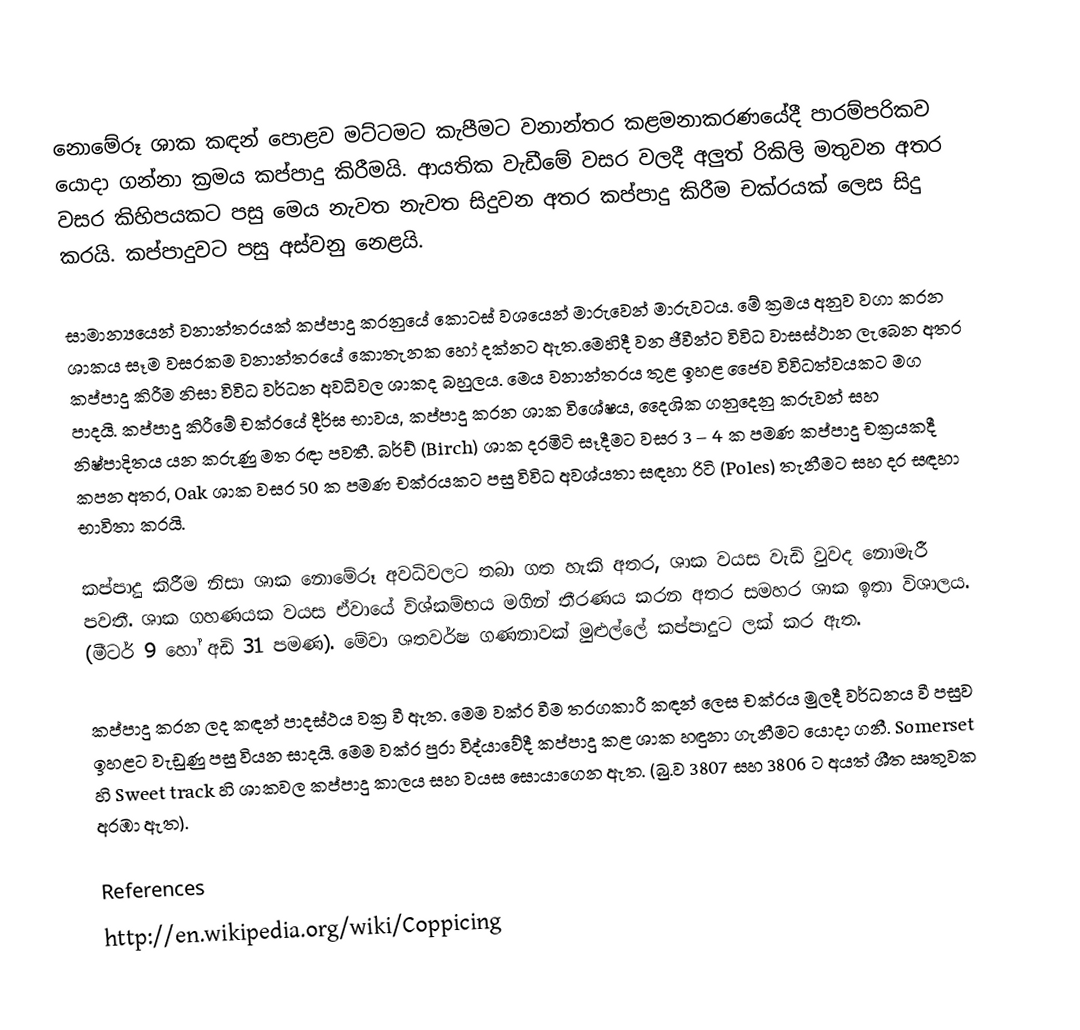
නොමේරූ ශාක කඳන් පොළව මට්ටමට කැපීමට වනාන්තර කළමනාකරණයේදී පාරම්පරිකව යොදා ගන්නා ක්‍රමය කප්පාදු කිරීමයි. ආයතික වැඩීමේ වසර වලදී අලුත් රිකිලි මතුවන අතර වසර කිහිපයකට පසු මෙය නැවත නැවත සිදුවන අතර කප්පාදු කිරීම චක්රයක් ලෙස සිදු කරයි. කප්පාදුවට පසු අස්වනු නෙළයි.

සාමාන්‍යයෙන් වනාන්තරයක් කප්පාදු කරනුයේ කොටස් වශයෙන් මාරුවෙන් මාරුවටය. මේ ක්‍රමය අනුව වගා කරන ශාකය සෑම වසරකම වනාන්තරයේ කොතැනක හෝ දක්නට ඇත.මෙහිදී වන ජීවීන්ට විවිධ වාසස්ථාන ලැබෙන අතර කප්පාදු කිරීම නිසා විවිධ වර්ධන අවධිවල ශාකද බහුලය. මෙය වනාන්තරය තුළ ඉහළ ජෛව විවිධත්වයකට මග පාදයි. කප්පාදු කිරීමේ චක්රයේ දීර්ඝ භාවය, කප්පාදු කරන ශාක විශේෂය, දෛශික ගනුදෙනු කරුවන් සහ නිෂ්පාදිතය යන කරුණු මත රඳා පවතී. බර්ච් (Birch) ශාක දරමිටි සෑදීමට වසර 3 – 4 ක පමණ කප්පාදු චක්‍රයකදී කපන අතර, Oak ශාක වසර 50 ක පමණ චක්රයකට පසු විවිධ අවශ්යතා සඳහා රිටි (Poles) තැනීමට සහ දර සඳහා භාවිතා කරයි.

කප්පාදු කිරීම නිසා ශාක නොමේරූ අවධිවලට තබා ගත හැකි අතර, ශාක වයස වැඩි වුවද නොමැරී පවතී. ශාක ගහණයක වයස ඒවායේ විශ්කම්භය මගින් තීරණය කරන අතර සමහර ශාක ඉතා විශාලය. (මීටර් 9 හෝ අඩි 31 පමණ). මේවා ශතවර්ෂ ගණනාවක් මුළුල්ලේ කප්පාදුට ලක් කර ඇත.

කප්පාදු කරන ලද කඳන් පාදස්ථය වක්‍ර වී ඇත. මෙම වක්ර වීම තරගකාරී කඳන් ලෙස චක්රය මුලදී වර්ධනය වී පසුව ඉහළට වැඩුණු පසු  වියන සාදයි. මෙම වක්ර පුරා විද්යාවේදී කප්පාදු කළ ශාක හඳුනා ගැනීමට යොදා ගනී. Somerset හි Sweet track හි ශාකවල කප්පාදු කාලය සහ වයස සොයාගෙන ඇත. (බු.ව 3807 සහ 3806 ට අයත් ශීත ඍතුවක අරඹා ඇත).

References
http://en.wikipedia.org/wiki/Coppicing